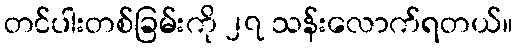
တင်ပါးတစ်ခြမ်းကို ၂၇ သန်းလောက်ရတယ်။